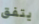
يتفق